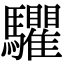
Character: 𩧘